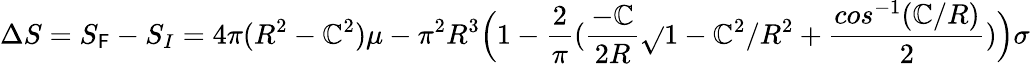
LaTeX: {\Delta}S=S_{\mathsf{F}}-S_{I}=4{\pi}(R^{2}-\mathbb{C}^{2}){\mu}-{\pi}^{2}R^{3}\Big(1-\frac{{2}}{{\pi}}(\frac{{-\mathbb{C}}}{{2R}}{\sqrt{}{{1-\mathbb{C}^{2}/R^{2}}}}+\frac{{cos^{-1}(\mathbb{C}/R)}}{{2}})\Big){\sigma}